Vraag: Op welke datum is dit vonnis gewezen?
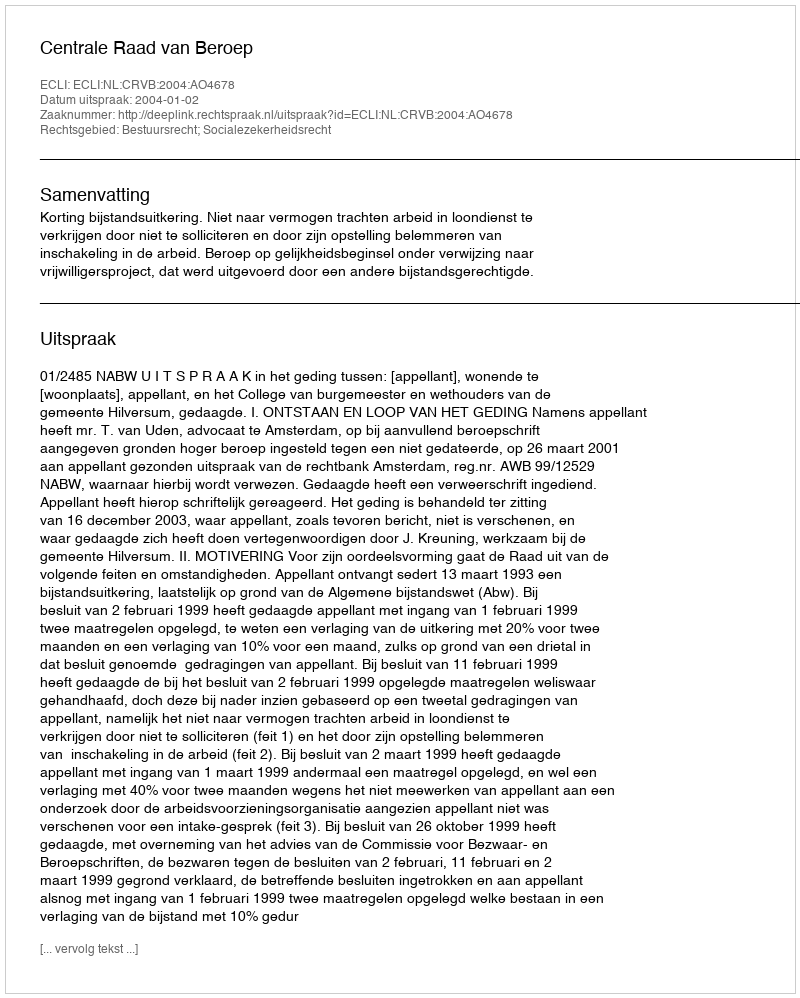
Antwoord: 2004-01-02